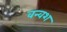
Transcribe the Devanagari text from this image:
वन्वश